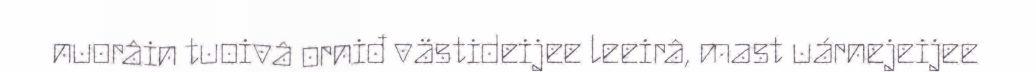
nuorâin tuoivâ orniđ västideijee leeirâ, mast uárnejeijee